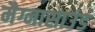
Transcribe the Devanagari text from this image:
मैग्नासाउंड